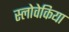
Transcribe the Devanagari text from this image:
स्लोवेकिया